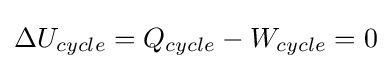
\Delta U_{cycle}=Q_{cycle}-W_{cycle}=0